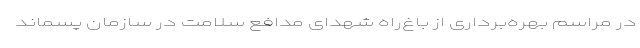
در مراسم بهره‌برداری از باغ‌راه شهدای مدافع سلامت در سازمان پسماند